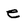
Character: e